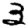
Digit: 3